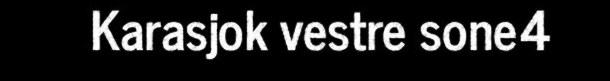
Karasjok vestre sone4